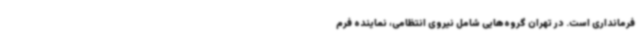
فرمانداری است. در تهران گروه‌هایی شامل نیروی انتظامی، نماینده فرم